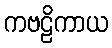
ကဗဠိကာယ